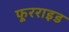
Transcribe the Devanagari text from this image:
फूरराइड